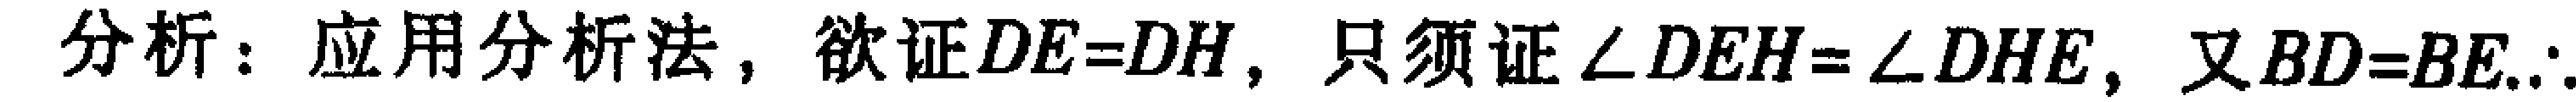
分析：应用分析法，欲证\(DE = DH\)，只须证\(\angle DEH=\angle DHE\)，又\(BD = BE\).